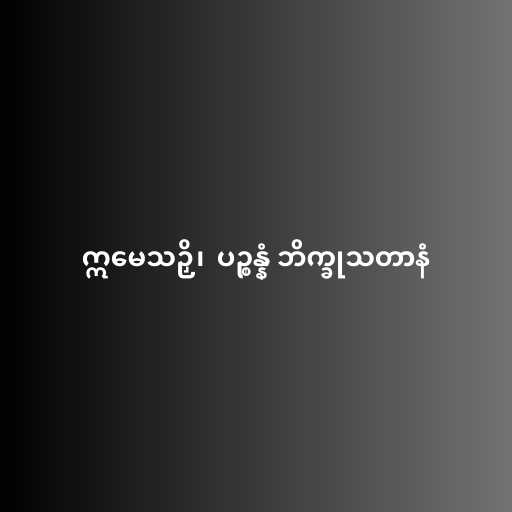
ဣမေသဉှိ၊  ပဉ္စန္နံ ဘိက္ခုသတာနံ